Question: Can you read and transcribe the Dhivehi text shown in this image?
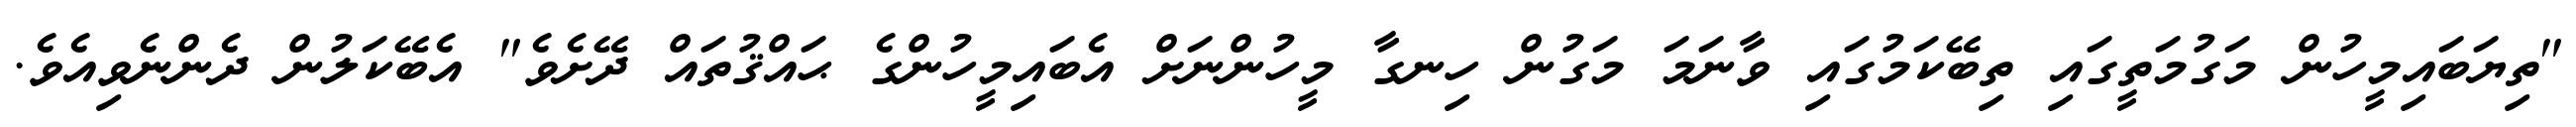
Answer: "ތިޔަބައިމީހުން މަގުމަތީގައި ތިބޭކަމުގައި ވާނަމަ މަގުން ހިނގާ މީހުންނަށް އެބައިމީހުންގެ ޙައްޤުތައް ދޭށެވެ" އެބޭކަލުން ދެންނެވިއެވެ.